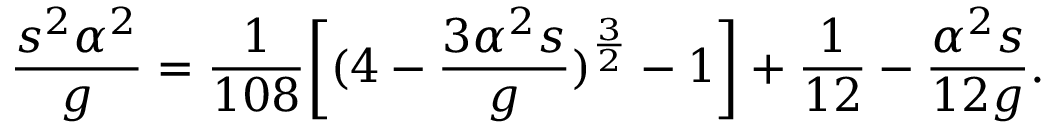
\frac { s ^ { 2 } \alpha ^ { 2 } } { g } = \frac { 1 } { 1 0 8 } \biggl [ ( 4 - \frac { 3 \alpha ^ { 2 } s } { g } ) ^ { \frac { 3 } { 2 } } - 1 \biggr ] + \frac { 1 } { 1 2 } - \frac { \alpha ^ { 2 } s } { 1 2 g } .